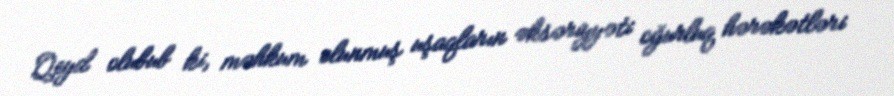
Qeyd olubub ki, məhkum olunmuş uşaqların əksəriyyəti oğurluq hərəkətləri